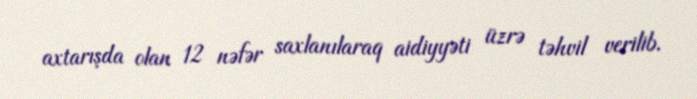
axtarışda olan 12 nəfər saxlanılaraq aidiyyəti üzrə təhvil verilib.